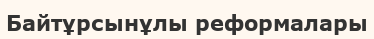
Байтұрсынұлы реформалары